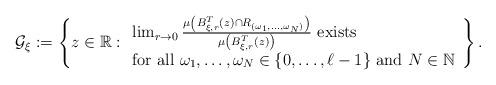
LaTeX: \begin{align*}\mathcal{G} _\xi := \left\{ z \in \mathbb{R} : \begin{array}{l} \lim _{r \rightarrow 0} \frac{\mu \left( B ^T _{\xi, r} (z) \cap R _{(\omega _1 , \ldots , \omega _N )} \right)}{\mu \left( B ^T _{\xi, r} (z) \right)} \mbox{ exists } \\ \mbox{for all } \omega _1 , \ldots , \omega _N \in \{ 0 , \ldots , \ell -1 \} \mbox{ and } N \in \mathbb{N} \end {array}\right\} .\end{align*}